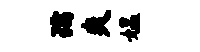
孺爽媪